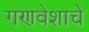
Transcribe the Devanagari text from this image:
गणवेशाचे